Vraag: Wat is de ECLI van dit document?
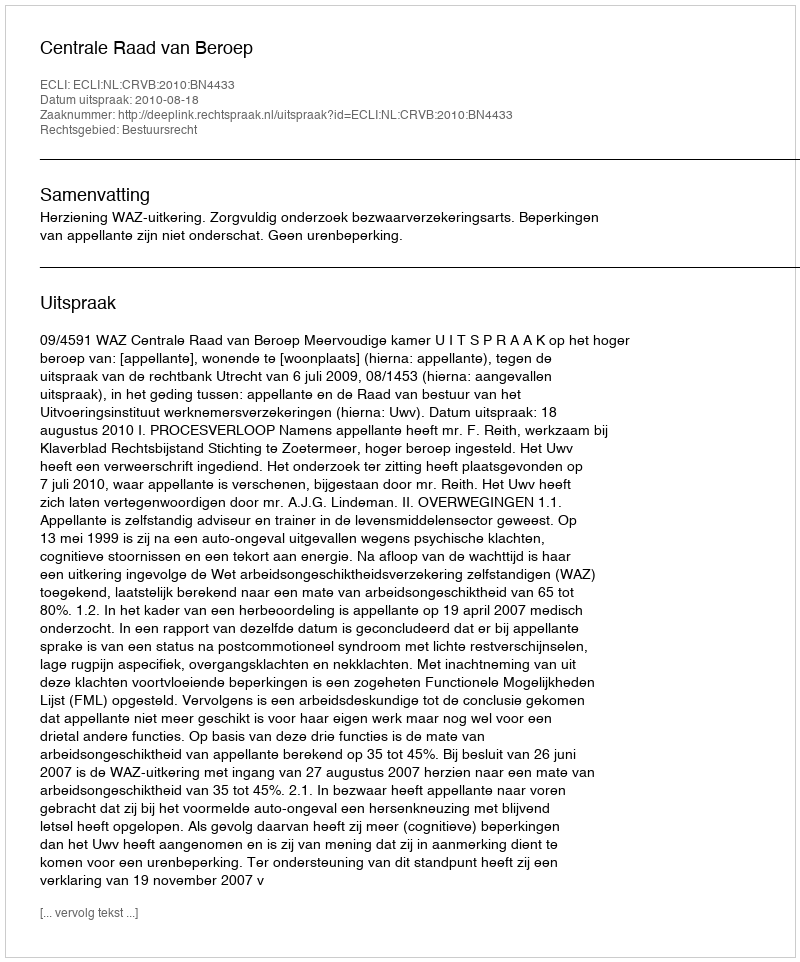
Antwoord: ECLI:NL:CRVB:2010:BN4433